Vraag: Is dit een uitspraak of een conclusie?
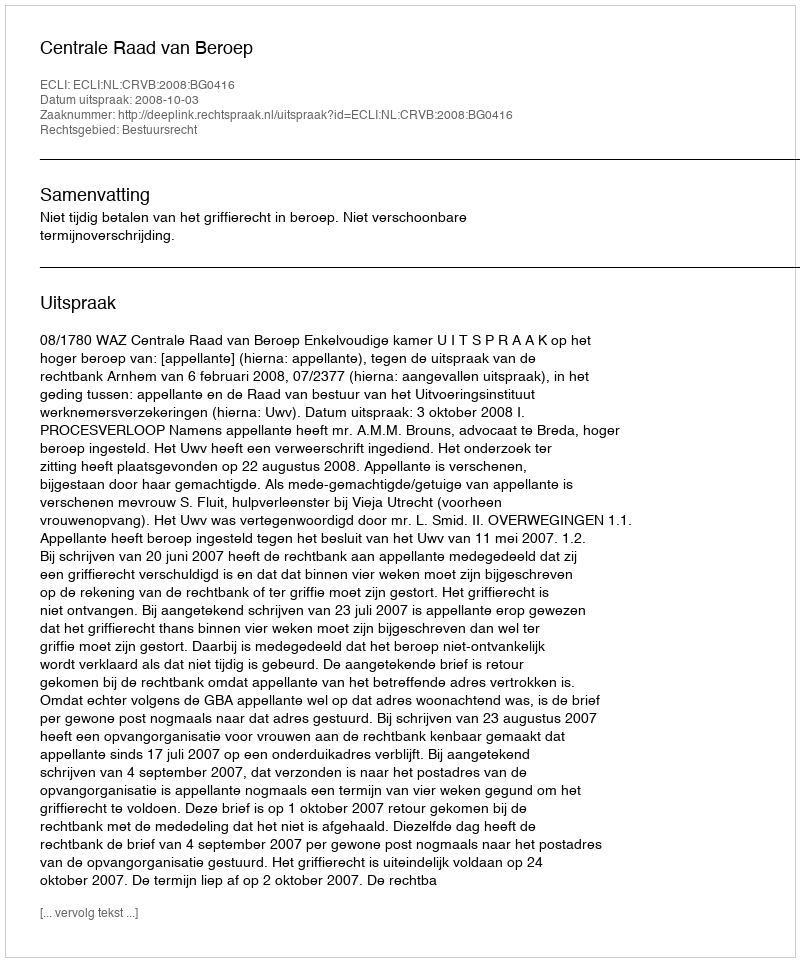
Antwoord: Uitspraak